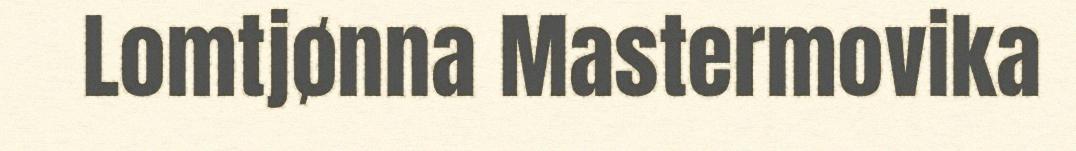
Lomtjønna Mastermovika